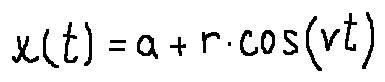
x ( t ) = a + r \cdot \cos ( v t )